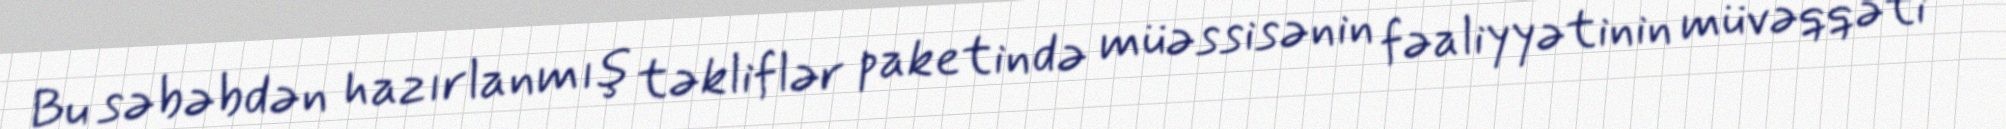
Bu səbəbdən hazırlanmış təkliflər paketində müəssisənin fəaliyyətinin müvəqqəti